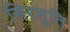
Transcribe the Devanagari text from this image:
सिरसुति